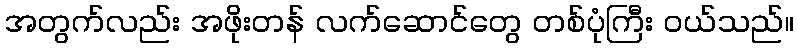
အတွက်လည်း အဖိုးတန် လက်ဆောင်တွေ တစ်ပုံကြီး ဝယ်သည်။